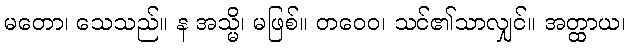
မတော၊ သေသည်။ န အသ္မိ၊ မဖြစ်။ တဝေဝ၊ သင်၏သာလျှင်။ အတ္ထာယ၊